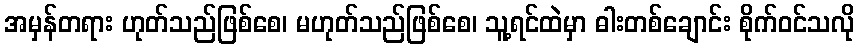
အမှန်တရား ဟုတ်သည်ဖြစ်စေ၊ မဟုတ်သည်ဖြစ်စေ၊ သူ့ရင်ထဲမှာ ဓါးတစ်ချောင်း စိုက်ဝင်သလို